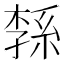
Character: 𦁝